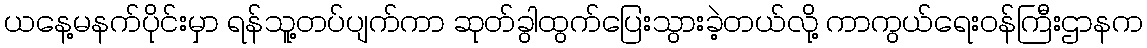
ယနေ့မနက်ပိုင်းမှာ ရန်သူ့တပ်ပျက်ကာ ဆုတ်ခွါထွက်ပြေးသွားခဲ့တယ်လို့ ကာကွယ်ရေးဝန်ကြီးဌာနက